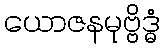
ယောဇနမုဗ္ဗိဒ္ဓံ